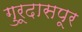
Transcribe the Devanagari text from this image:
गुरूदासपूर